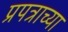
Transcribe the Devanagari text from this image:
प्रपत्राच्या